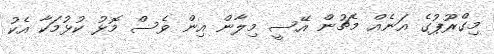
މިގްރޫޕުގެ އަނެއް މެޗުން އޭސީ މިލާން އިން ވެސް މޮޅު ކުޅުމަކާ އެކު